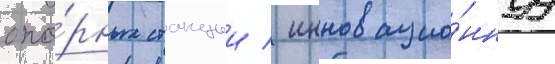
опо́рных станции / инновацио́ннуу